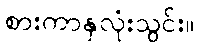
စားကာနှလုံးသွင်း။